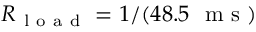
R _ { \mathrm { ~ l ~ o ~ a ~ d ~ } } = 1 / ( 4 8 . 5 ~ \mathrm { ~ m ~ s ~ } )